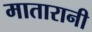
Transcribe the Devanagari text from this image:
मातारानी